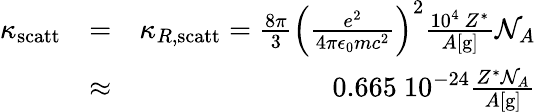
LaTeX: \begin{array}{rlr}{\kappa_{\mathrm{scatt}}}&{=}&{\kappa_{R,\mathrm{scatt}}=\frac{8\pi}{3}\left(\frac{e^{2}}{4\pi\epsilon_{0}mc^{2}}\right)^{2}\frac{10^{4}~Z^{*}}{A[\mathrm{g}]}\mathcal{N}_{A}}\\ &{\approx}&{0.665~10^{-24}\frac{Z^{*}\mathcal{N}_{A}}{A[\mathrm{g}]}}\end{array}